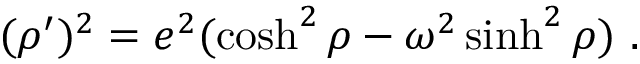
( \rho ^ { \prime } ) ^ { 2 } = e ^ { 2 } ( \cosh ^ { 2 } \rho - \omega ^ { 2 } \sinh ^ { 2 } \rho ) \ .